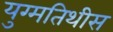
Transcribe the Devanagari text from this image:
युग्मतिथीस